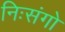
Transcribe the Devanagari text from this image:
निःसंगो